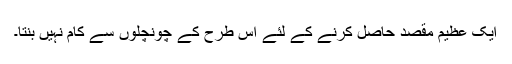
ایک عظیم مقصد حاصل کرنے کے لئے اس طرح کے چونچلوں سے کام نہیں بنتا۔